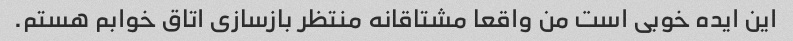
این ایده خوبی است من واقعا مشتاقانه منتظر بازسازی اتاق خوابم هستم.